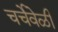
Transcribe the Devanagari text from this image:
चर्चेवेळी